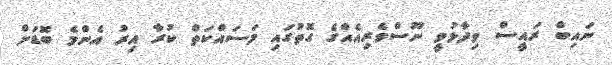
ނައިބް ރައީސް ވިދާޅުވީ ނޫސްވެރިއެއްގެ ގޮތުގައި މަސައްކަތް ކުރާ އިރު އެންމެ ބޮޑަށް